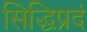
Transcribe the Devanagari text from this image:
सिद्धिप्रदं